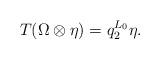
LaTeX: \begin{align*}T(\Omega \otimes \eta) = q_2^{L_0}\eta.\end{align*}